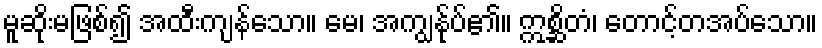
မူဆိုးမဖြစ်၍ အထီးကျန်သော။ မေ၊ အကျွန်ုပ်၏။ ဣစ္ဆိတံ၊ တောင့်တအပ်သော။